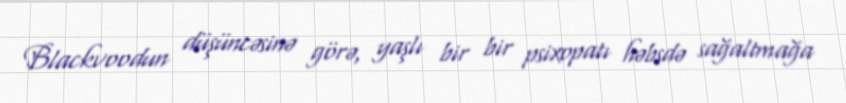
Blackvoodun düşüncəsinə görə, yaşlı bir bir psixopatı həbsdə sağaltmağa